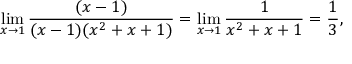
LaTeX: \operatorname* { l i m } _ { x \to 1 } { \frac { ( x - 1 ) } { ( x - 1 ) ( x ^ { 2 } + x + 1 ) } } = \operatorname* { l i m } _ { x \to 1 } { \frac { 1 } { x ^ { 2 } + x + 1 } } = { \frac { 1 } { 3 } } ,